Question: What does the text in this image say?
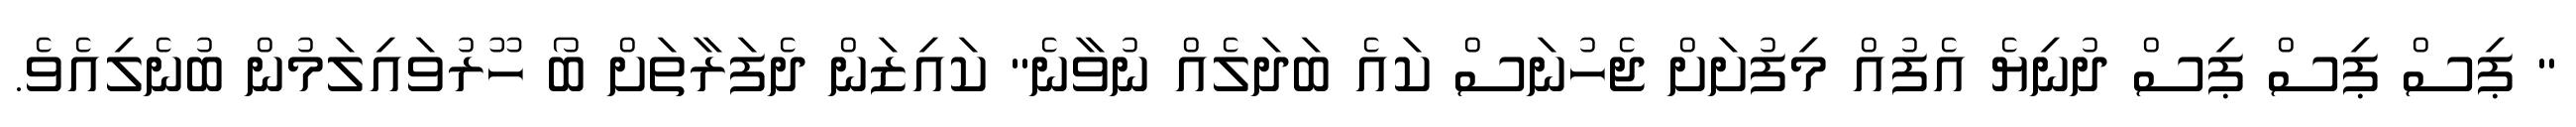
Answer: " ޕިސް ޕިސް ޕިސް ދުނިޔެ އެފުއް މިފުށަށް ޖެހުނަސް ކައެ ބަދަލެއް ނުވާނެ" ކައިޒަން ދެފަރާތަށް ބޯ ހޫރުވައިލަމުން ބުނެލިއެވެ.